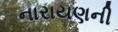
નારાયણની